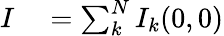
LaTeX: \begin{array}{rl}{I}&{{}=\sum_{k}^{N}{{I_{k}}}(0,0)}\end{array}